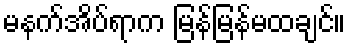
မနက်အိပ်ရာက မြန်မြန်မထချင်။